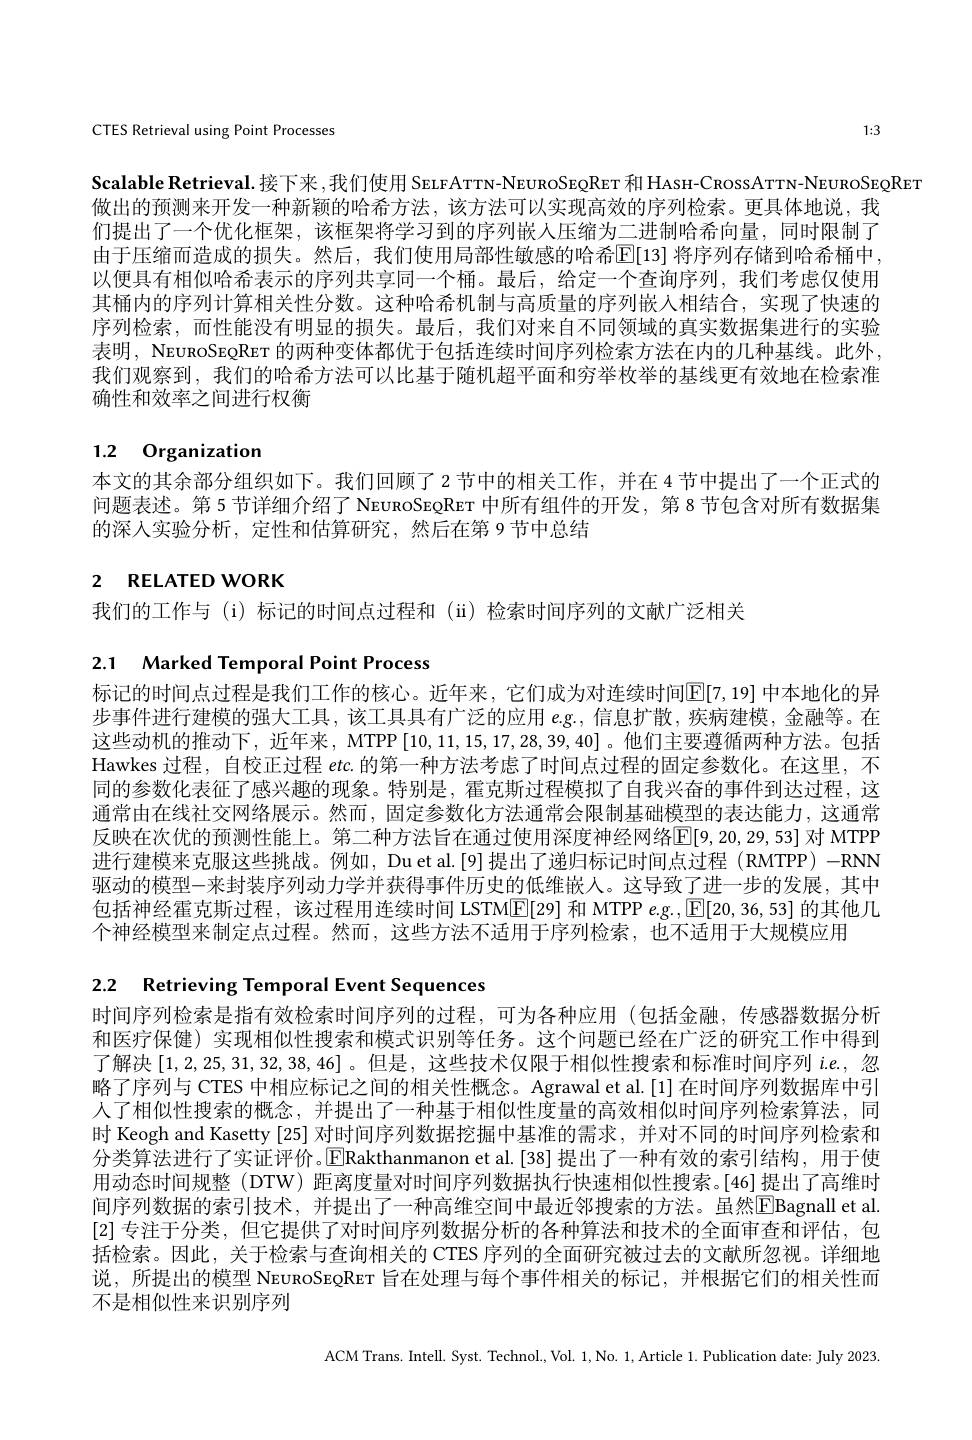
1:3

CTES Retrieval using Point Processes

Scalable Retrieval.接下来，我们使用 SELFATTN-NEUROSEQRET 和 HAsH-CROSSATTN-NEUROSEQRET
做出的预测来开发一种新颖的哈希方法，该方法可以实现高效的序列检索。更具体地说，我们提出了一个优化框架，该框架将学习到的序列嵌入压缩为二进制哈希向量，同时限制了由于压缩而造成的损失。然后，我们使用局部性敏感的哈希$\overline{\mathbb{E}}[13]$ 将序列存储到哈希桶中， 以便具有相似哈希表示的序列共享同一个桶。最后，给定一个查询序列，我们考虑仅使用其桶内的序列计算相关性分数。这种哈希机制与高质量的序列嵌人相结合，实现了快速的序列检索，而性能没有明显的损失。最后，我们对来自不同领域的真实数据集进行的实验表明，NEuRoSEQRET 的两种变体都优于包括连续时间序列检索方法在内的几种基线。此外， 我们观察到，我们的哈希方法可以比基于随机超平面和穷举枚举的基线更有效地在检索准确性和效率之间进行权衡

# 1.2 Organization

本文的其余部分组织如下。我们回顾了 2 节中的相关工作，并在 4 节中提出了一个正式的问题表述。第 5 节详细介绍了 NEUROSEQRET 中所有组件的开发，第 8 节包含对所有数据集的深入实验分析，定性和估算研究，然后在第 9节中总结

# 2 RELATED WORK

我们的工作与 (i)标记的时间点过程和 (ii)检索时间序列的文献广泛相关

# 2.1 Marked Temporal Point Process

标记的时间点过程是我们工作的核心。近年来，它们成为对连续时间$\mathbb{E}[7,19]$ 中本地化的异步事件进行建模的强大工具，该工具具有广泛的应用$e$.g., 信息扩散，疾病建模，金融等。在这些动机的推动下，近年来，MTPP[10,11,15,17,28,39,40]。他们主要遵循两种方法。包括Hawkes 过程，自校正过程$etc.$的第一种方法考虑了时间点过程的固定参数化。在这里，不同的参数化表征了感兴趣的现象。特别是，霍克斯过程模拟了自我兴奋的事件到达过程，这通常由在线社交网络展示。然而，固定参数化方法通常会限制基础模型的表达能力，这通常反映在次优的预测性能上。第二种方法旨在通过使用深度神经网络$\mathbb{E}[9,20,29,53]$ 对 MTPP 进行建模来克服这些挑战。例如，Du et al.[9]提出了递归标记时间点过程 (RMTPP) -RNN 驱动的模型-来封装序列动力学并获得事件历史的低维嵌人。这导致了进一步的发展，其中包括神经霍克斯过程，该过程用连续时间 LSTM$\boxed{\mathrm{E}}[29]$和 MTPP e.g.$,\boxed{\mathrm{E}}[20,36,53]$的其他几个神经模型来制定点过程。然而，这些方法不适用于序列检索，也不适用于大规模应用

2.2 Retrieving Temporal Event Sequences

时间序列检索是指有效检索时间序列的过程，可为各种应用(包括金融，传感器数据分析和医疗保健)实现相似性搜索和模式识别等任务。这个问题已经在广泛的研究工作中得到了解决[1,2,25,31,32,38,46] 。但是，这些技术仅限于相似性搜索和标准时间序列$i.e.$,忽略了序列与 CTES 中相应标记之间的相关性概念。Agrawal et al.[1] 在时间序列数据库中引人了相似性搜索的概念，并提出了一种基于相似性度量的高效相似时间序列检索算法，同时 Keogh and Kasetty [25] 对时间序列数据挖掘中基准的需求，并对不同的时间序列检索和分类算法进行了实证评价。E[Rakthanmanon et al.[38] 提出了一种有效的索引结构，用于使用动态时间规整 (DTW) 距离度量对时间序列数据执行快速相似性搜索。[46] 提出了高维时间序列数据的索引技术，并提出了一种高维空间中最近邻搜索的方法。虽然$\boxed{\mathrm{E}}$Bagnall et al [2]专注于分类，但它提供了对时间序列数据分析的各种算法和技术的全面审查和评估，包括检索。因此，关于检索与查询相关的 CTES 序列的全面研究被过去的文献所忽视。详细地说，所提出的模型 NEUROSEQRET 旨在处理与每个事件相关的标记，并根据它们的相关性而不是相似性来识别序列

ACM Trans. Intell. Syst. Technol., Vol. 1, No. 1, Article 1. Publication date: July 2023